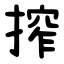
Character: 搾